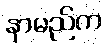
နာမည်က